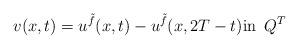
LaTeX: \begin{align*}v(x,t)=u^{\tilde f}(x,t)-u^{\tilde f}(x,2T-t) \mbox{in }\, Q^T\end{align*}